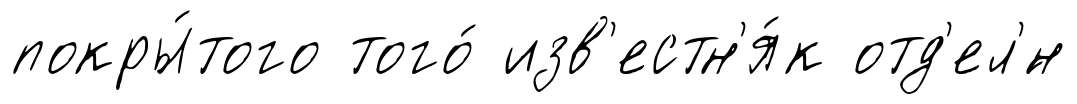
покры́того того́ изв'естн'я́к отд'ел'́н